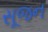
સૂજન